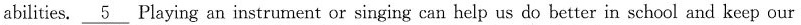
abilities. \underline{5} Playing an instrument or singing can help us do better in school and keep our